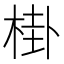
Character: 𱣧